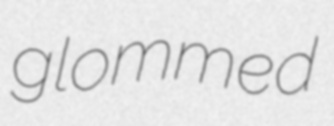
glommed